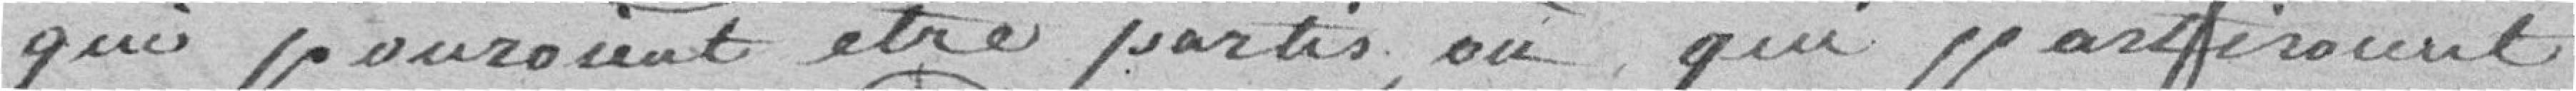
qui pourraient être partis, ou qui partiraient